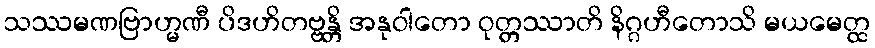
သဿမဏဗြာဟ္မဏီ ပိဒဟိတဗ္ဗန္တိ အနုဝါတော ဝုတ္တဿာတိ နိဂ္ဂဟီတောသိ မယမေတ္ထ